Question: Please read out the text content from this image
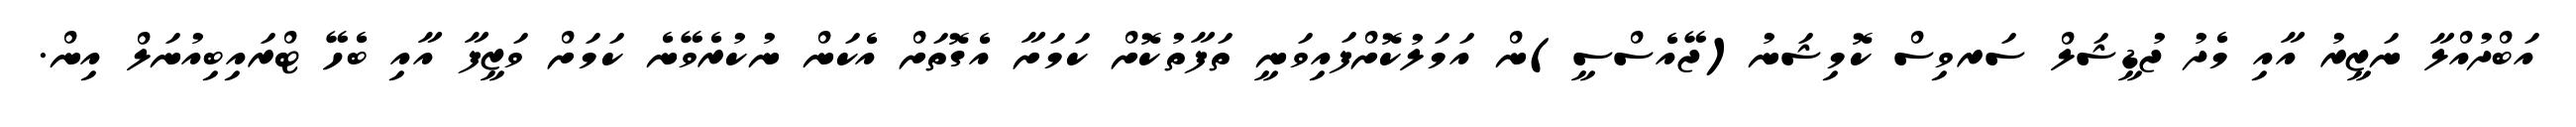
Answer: އަބްދުއްލާ ނަޒީރު އާއި މެދު ޖުޑީޝަލް ސަރވިސް ކޮމިޝަނު(ޖޭއެސްސީ)ން އަމަލުކޮށްފައިވަނީ ތަފާތުކޮށް ކަމަށާ އެގޮތަށް އެކަން ނުކުރެވޭނެ ކަމަށް ވަޒީފާ އާއި ބެހޭ ޓްރައިބިއުނަލް އިން.